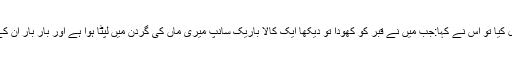
چنانچہ جب انہوں نے دوبارہ سوال کیا تو اس نے کہا:جب میں نے قبر کو کھودا تو دیکھا ایک کالا باریک سانپ میری ماں کی گردن میں لپٹا ہوا ہے اور بار بار ان کے منھ کے اندر ڈنک مار رہا ہے۔